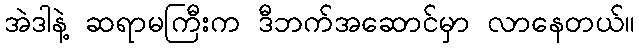
အဲဒါနဲ့ ဆရာမကြီးက ဒီဘက်အဆောင်မှာ လာနေတယ်။